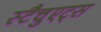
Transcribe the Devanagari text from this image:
स्टैचुएट्स